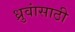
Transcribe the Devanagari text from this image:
ध्रुवांसाठी